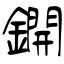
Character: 鐦